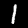
Digit: 1